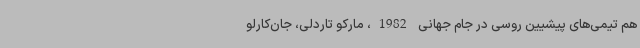
هم تیمی‌های پیشیین روسی در جام جهانی 1982، مارکو تاردلی، جان‌کارلو